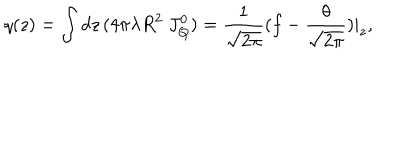
q ( z ) = \int d z \, ( 4 \pi \lambda R ^ { 2 } \ J _ { Q } ^ { 0 } ) = \frac { 1 } { \sqrt { 2 \pi } } ( f - \frac { \theta } { \sqrt { 2 \pi } } ) | _ { z } ,